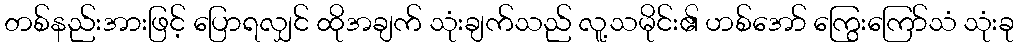
တစ်နည်းအားဖြင့် ပြောရလျှင် ထိုအချက် သုံးချက်သည် လူ့သမိုင်း၏ ဟစ်အော် ကြွေးကြော်သံ သုံးခု